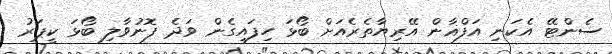
ސެންޓޭ އެކަނި އަފްޣާން އޭރިޔާތެރެއަށް ބޯޅަ ހިފައިގެން ވަދެ ފޮނުވާލި ބޯޅަ ކީޕަރު